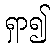
ရှာ၍